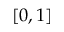
[ 0 , 1 ]